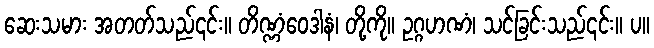
ဆေးသမား အတတ်သည်၎င်း။ တိဏ္ဏံဝေဒါနံ၊ တို့ကို။ ဥဂ္ဂဟဏံ၊ သင်ခြင်းသည်၎င်း။ ပ။